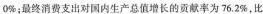
0%；最终消费支出对国内生产总值增长的贡献率为76.2%，比